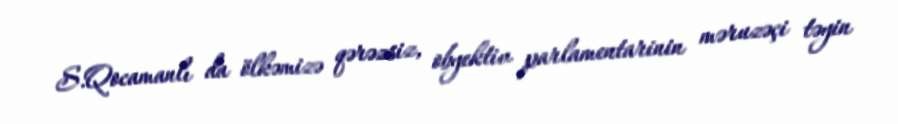
S.Qocamanlı da ölkəmizə qərəzsiz, obyektiv parlamentarinin məruzəçi təyin